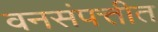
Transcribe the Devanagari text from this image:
वनसंपत्तीत